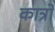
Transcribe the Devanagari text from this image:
कात्रो